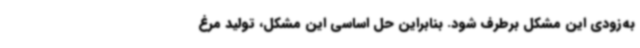
به‌زودی این مشکل برطرف شود. بنابراین حل اساسی این مشکل، تولید مرغ